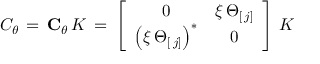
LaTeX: C _ { \theta } \, = \, { \bf C } _ { \theta } \, K \, = \, \left[ \begin{array} { c c } { { 0 } } & { { \xi \, \Theta _ { [ \, j ] } } } \\ { { \left( \xi \, \Theta _ { [ \, j ] } \right) ^ { \ast } } } & { { 0 } } \end{array} \right] \, K